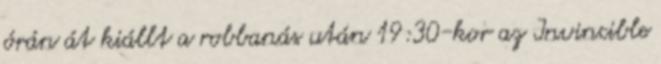
órán át kiállt a robbanás után 19:30-kor az Invincible